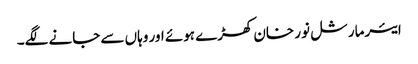
ایئرمارشل نور خان کھڑے ہوئے اور وہاں سے جانے لگے۔